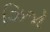
ઝિજો